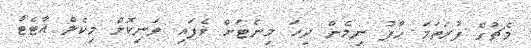
މެޗުގެ ފުރަތަމަ ހާފު ނިމެން ދިހަ މިނެޓަށް ވެފައި ވަނިކޮށް މިކެލް އާޓެޓާ